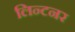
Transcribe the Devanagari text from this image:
लिन्टनर